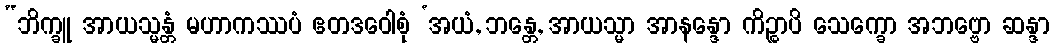
“ဘိက္ခူ အာယသ္မန္တံ မဟာကဿပံ ဧတဒဝေါစုံ ‘အယံ, ဘန္တေ, အာယသ္မာ အာနန္ဒော ကိဉ္စာပိ သေက္ခော အဘဗ္ဗော ဆန္ဒာ